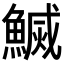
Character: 𬵢